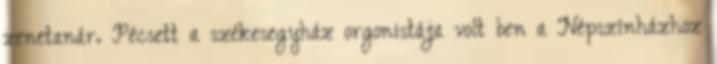
zenetanár. Pécsett a székesegyház orgonistája volt ben a Népszínházhoz